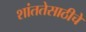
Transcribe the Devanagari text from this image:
शांततेसाठीचे